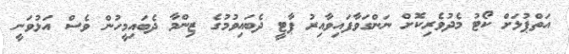
އަތްޕުޅަށް ކޯޓު މެދުވެރިކޮށް ނަންގަވާފައިވާއިރު ޕާޓީ ދެބައިވުމުގެ ޒިންމާ ދެބައިމީހުން ވެސް އަޅުވަނީ